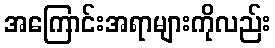
အကြောင်းအရာများကိုလည်း